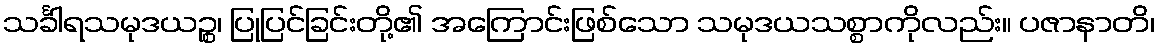
သင်္ခါရသမုဒယဉ္စ၊ ပြုပြင်ခြင်းတို့၏ အကြောင်းဖြစ်သော သမုဒယသစ္စာကိုလည်း။ ပဇာနာတိ၊